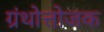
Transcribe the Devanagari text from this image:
ग्रंथोत्तोजक